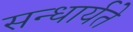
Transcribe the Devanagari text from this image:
सन्धार्यते